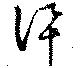
訊